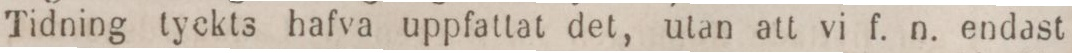
Tidning tyckts hafva uppfattat det, utan att vi f. n. endast